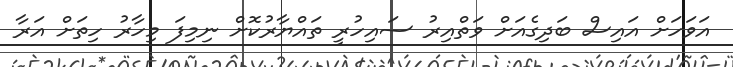
އަވަހަށް އައިސް ބަދިގެއަށް ވަތްއިރު ސައިހުރީ ތައްޔާރުކޮށް ނިމިފަ މިހާރު ހިތަށް އަރާ